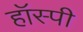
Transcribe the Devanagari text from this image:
हॉस्पी